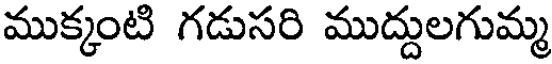
ముక్కంటి గడుసరి ముద్దులగుమ్మ